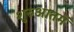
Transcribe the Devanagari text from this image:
शुरुआतमें